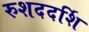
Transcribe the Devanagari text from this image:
रुशददर्शि